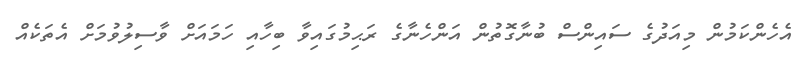
އެހެންކަމުން މިއަދުގެ ސައިންސް ބުނާގޮތުން އަންހެނާގެ ރަޙިމުގައިވާ ބިހާއި ހަމައަށް ވާސިލުވުމަށް އެތަކެއް